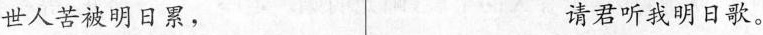
世人苦被明日累， 请君听我明日歌。